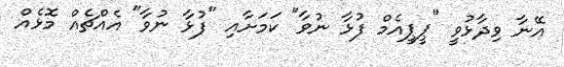
އޭނާ ވިދާޅުވީ "ޕީޕީއެމް ފުޅާ ނުވާ" ކަމަށާއި "ފުޅާ ނުވާ" އެއްޗެއް މޮޅެއް